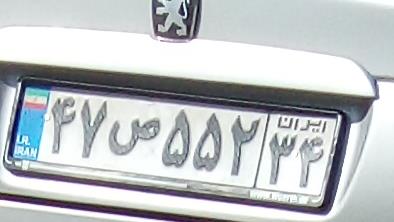
۴۷ص۵۵۲۳۴